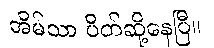
အိမ်သာ ပိတ်ဆို့နေပြီ။